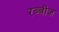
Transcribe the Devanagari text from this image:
रब्बीज़